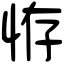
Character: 𢙨